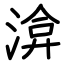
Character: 渰